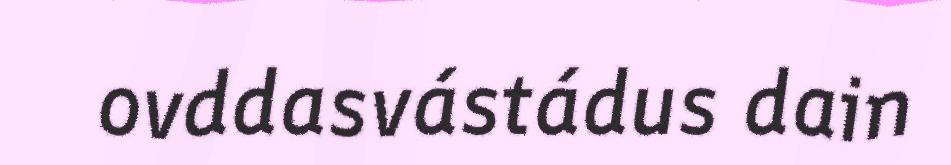
ovddasvástádus dain